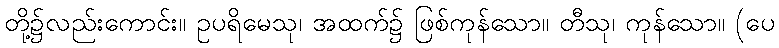
တို့၌လည်းကောင်း။ ဥပရိမေသု၊ အထက်၌ ဖြစ်ကုန်သော။ တီသု၊ ကုန်သော။ (ပေ